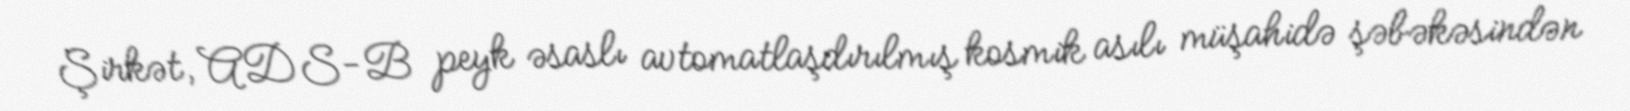
Şirkət, ADS-B peyk əsaslı avtomatlaşdırılmış kosmik asılı müşahidə şəbəkəsindən